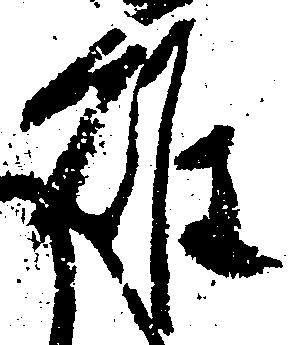
雄